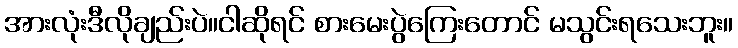
အားလုံးဒီလိုချည်းပဲ။ငါဆိုရင် စားမေးပွဲကြေးတောင် မသွင်းရသေးဘူး။